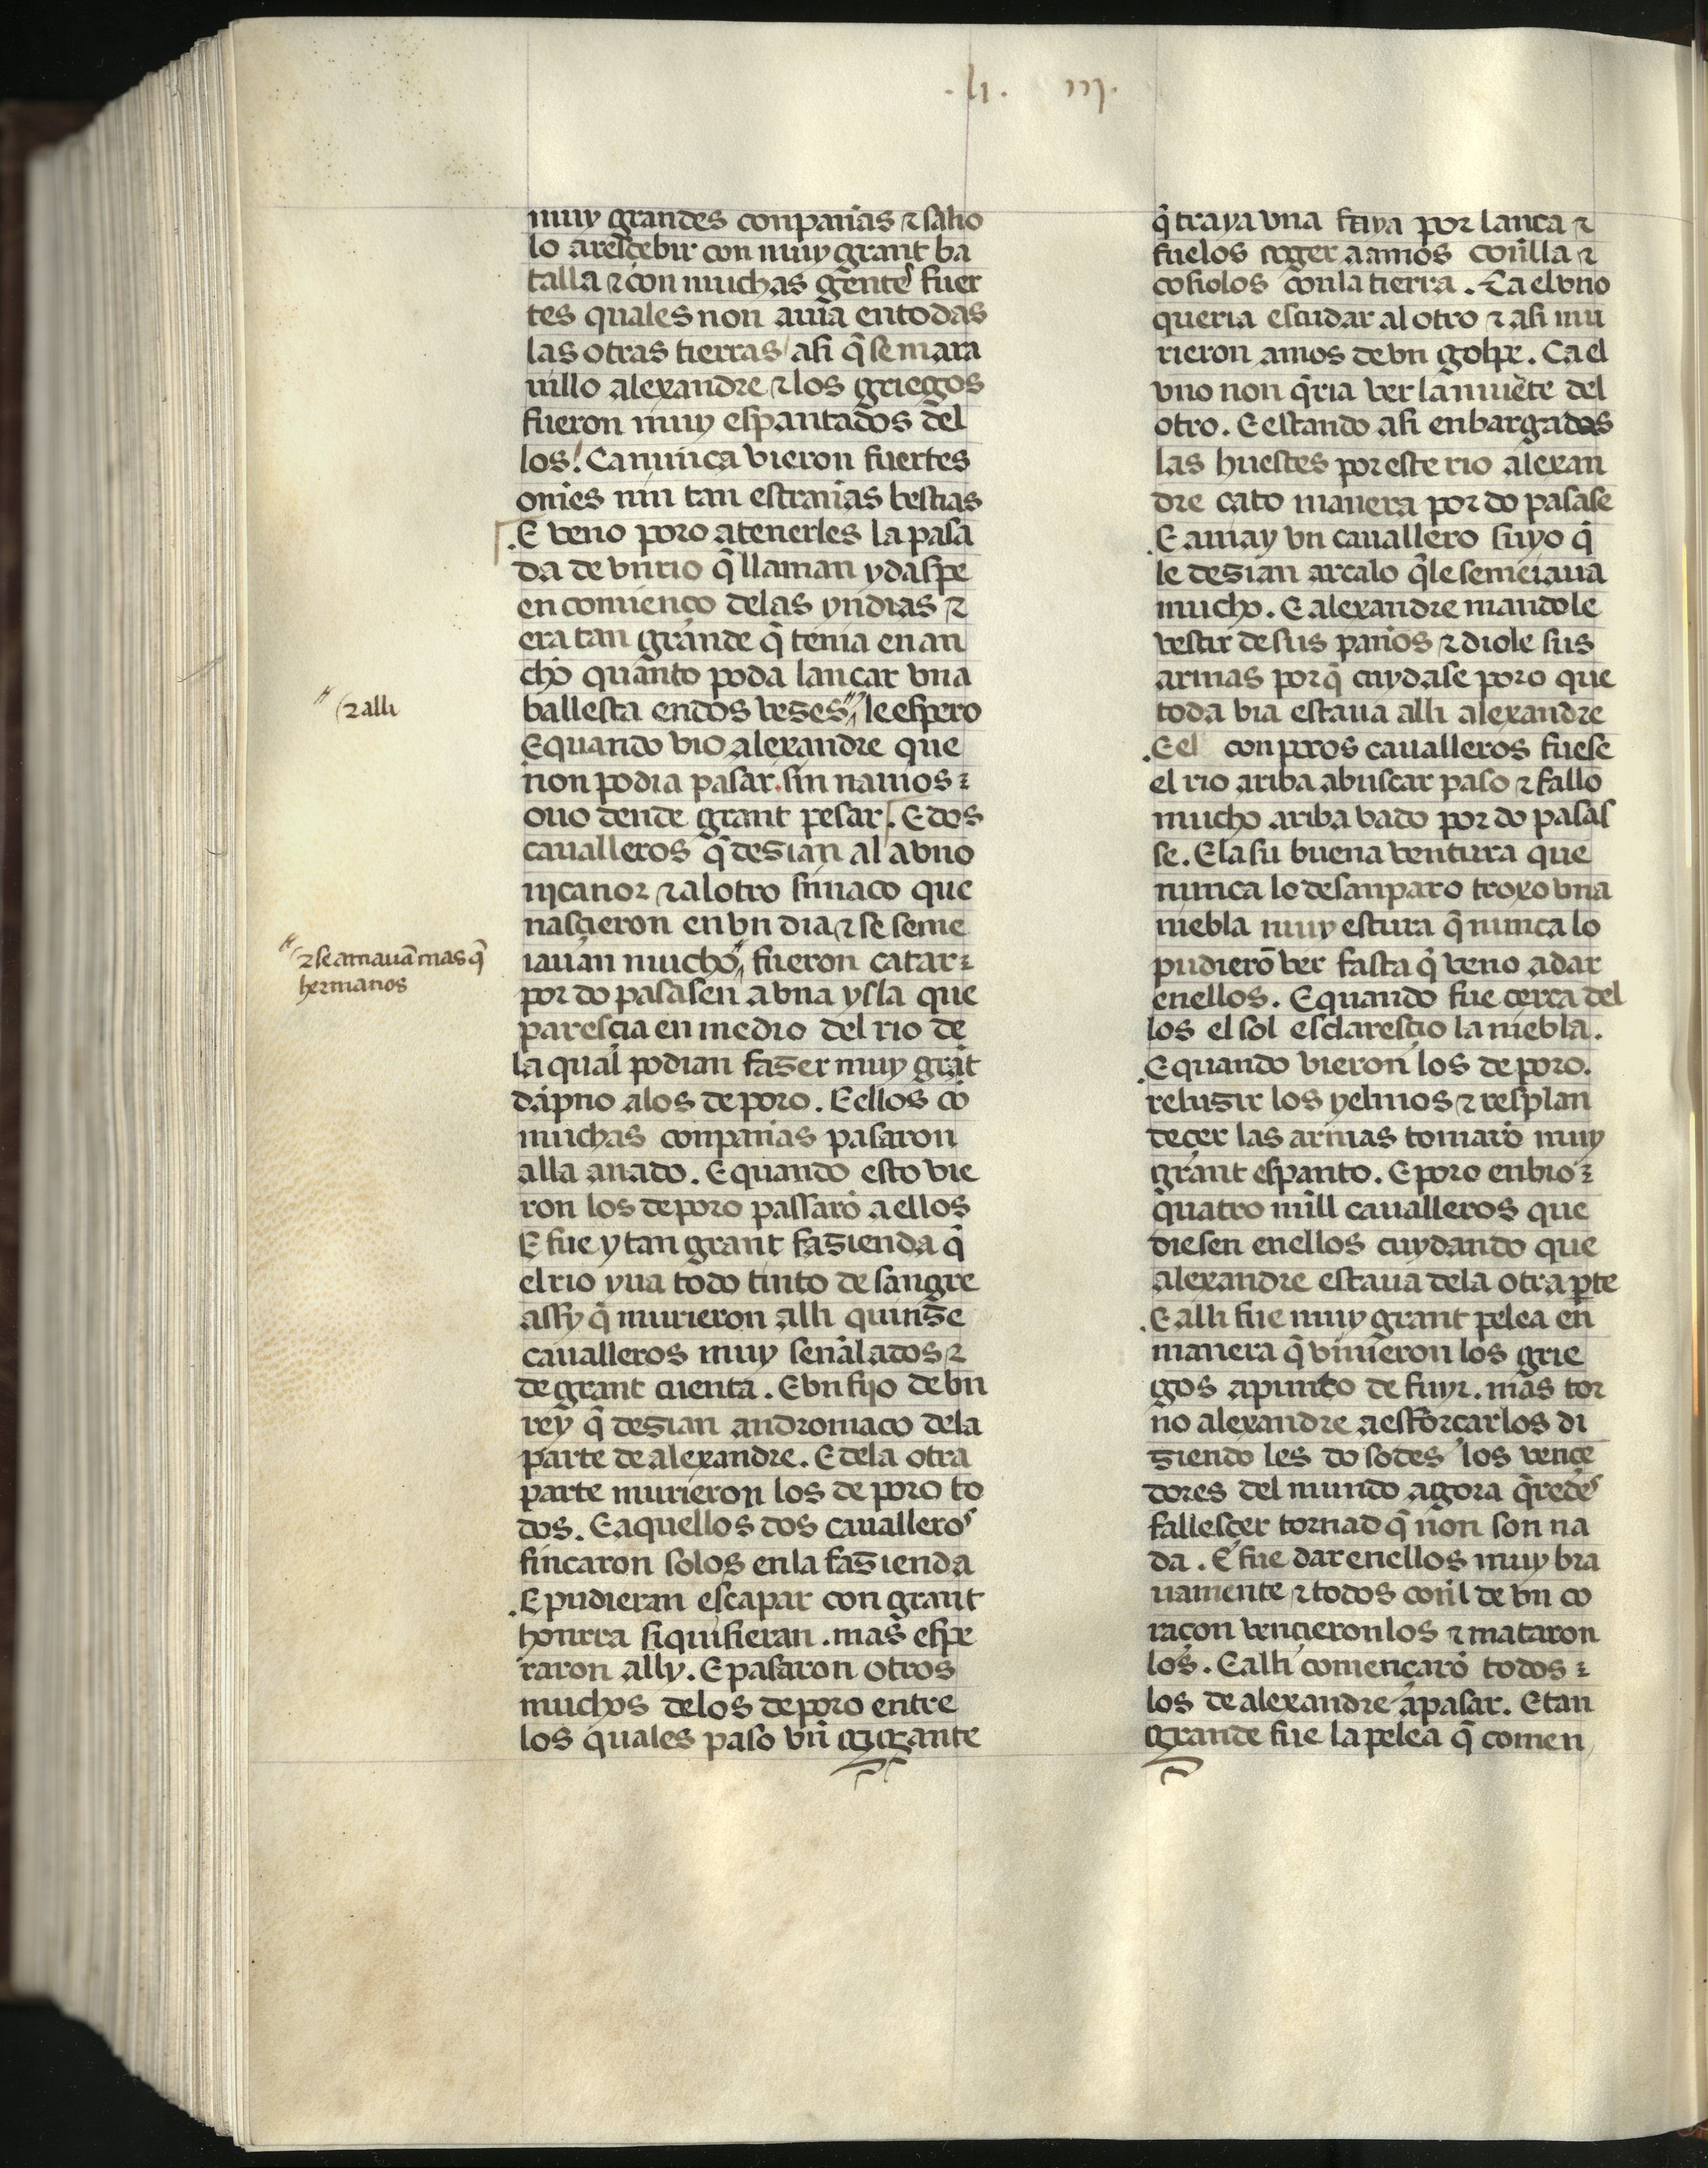
Shelfmark: Madrid, Fundación Lázaro Galdiano, mss 289
Century: 15